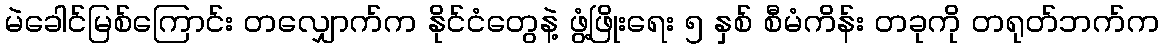
မဲခေါင်မြစ်ကြောင်း တလျှောက်က နိုင်ငံတွေနဲ့ ဖွံ့ဖြိုးရေး ၅ နှစ် စီမံကိန်း တခုကို တရုတ်ဘက်က